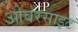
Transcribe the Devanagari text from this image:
ओवरसाइट